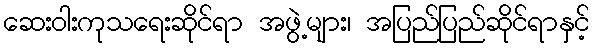
ဆေးဝါးကုသရေးဆိုင်ရာ အဖွဲ့များ၊ အပြည်ပြည်ဆိုင်ရာနှင့်